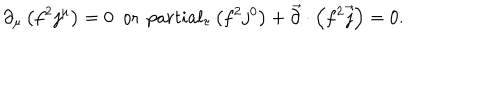
\partial _ { \mu } \left( f ^ { 2 } j ^ { \mu } \right) = 0 \ \ \mathrm { o r } \ \, p a r t i a l _ { \tau } \left( f ^ { 2 } j ^ { 0 } \right) + \vec { \partial } \cdot \left( f ^ { 2 } \vec { j } \right) = 0 .